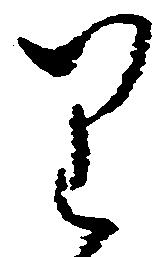
り